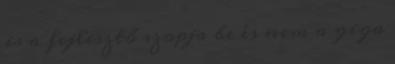
is a fejlesztő szopja be és nem a giga